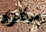
سيكون